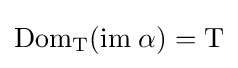
{\rm {{Dom}_{T}({\rm {{im}\;\alpha )=T}}}}